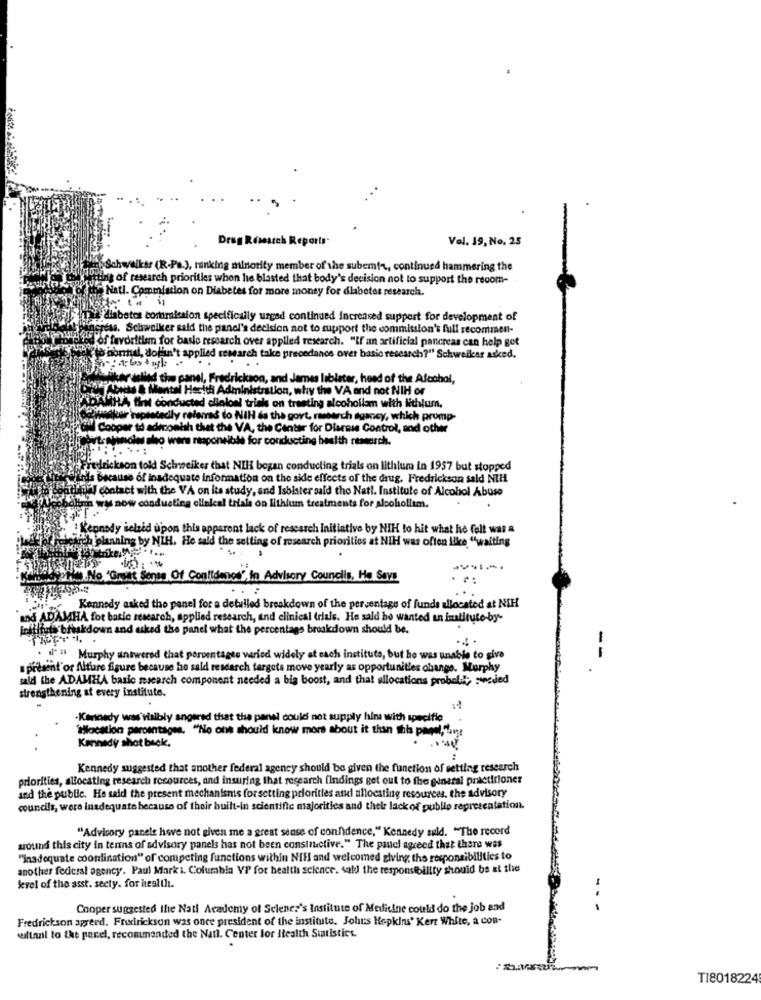
Drug Research Reports
Vel. 19, No. 25
Schwalkss (R.Pa.), tanking minority member of the subemir, continued hammering the
ing of research priorities when he blasted that body's decision not to support the recom-
Natl. Commission on Diabetes for more money for diabetes research.
diabetes commission specifically urged continued increased support for development of
acress. Schweiker said the panel's decision not to support the commission's full recommen-
ui mod of favoritism for baslo research over applied research. "If an artificial pancreas can help got
bis honul, doffin't applied research take precedance over basic research?" Schweiker asked.
telled the panel, Fredrickson, and James liblater, head of the Alcohol,
7-198ta Herith Administration, why the VA and not NIH or
YDALLA Brit conducted clinical trial on treating alcohoilm with lithium.
Theytedhar replacedly refarras to NIH ds the govt, research agancy, which promp-
"" Cooper to admonish thet the VA, the Center for Diarese Control, and other
wars responsible for conducting health research.
Fredrickson told Schweiker that NIH began conducting trials on lithium In 1957 but stopped
thirds Because of inadequate information on the side effects of the drug, Fredrickson sald NIH
onthatal contact with the VA on its study, and Isbister said the Nat !. Institute of Alcohol Abuse
mir wy now conducting clinical trials on lithium treatments for alcoholism.
.Kennedy selzid upon this apparent lack of rescarch Initiative by NIH to hit what he felt was a
wich planning by NIH. He sald the setting of research priorities at NIH was often like "waiting
....
NOVO ET ... No 'Gratt Sense Of Confidence", In Advisory Councils, He Says
Kennedy asked the panel for a detailed breakdown of the percentage of funds allocated at NIH
and ADAMHA for basic research, applied research, and clinical trials. He said he wanted un institute-by-
initifuia breakdown and asked the panel what the percentage breakdown should be.
. il' " Murphy answered that porventages varied widely at each institute, but he was unable to give
--
aprésent or Alture figure because he said research targets move yearly as opportunities change. Murphy
said the ADAMHA basic research component needed a big boost, and that allocations probali, seeded
strengthening at every institute.
-Kennedy was rialbly angered that the panel could not supply hin with specific
"Hocation percentages. "No ons should know more about it than this panel,fare
Kennedy shot beck,
Kennedy suggested that another federal agency should be given the function of setting research
priorities, allocating research resources, and insuring that research findings get out to the general practitioner
and the public. He said the present mechanismis forsetting priorities and allocating resources, the advisory
councils, were inadequate because of their built-in scientific majorities and their lack of publio representation.
"Advisory panele have not given me a great sense of confidence," Kennedy sald. "The record
wound this city in terns of advisory panels has not been constructive." The panel agreed that there was
"inadequate coordination" of competing functions within Niff and welcomed giving the responsibilities to
another federal agency. Paul Mark i. Columbia VP for health science. sald the responsibility should be at the
kvel of the asst. secty. for health.
Cooper suggested the Natl Academy of Selenes's Institute of Medicine could do the job and
-.-
Fredrickson agreed. Fredrickson was once president of the institute. Johns Hopkins' Kert White, a con-
wiltani to the panel, recommended the Natl. Center for Health Statistics.
..
TI8018224